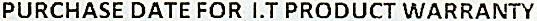
PURCHASE DATE FOR I.T PRODUCT WARRANTY